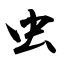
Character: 虫